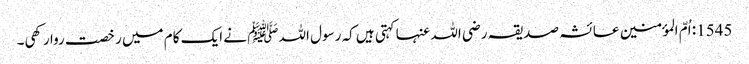
1545: اُمّ المؤمنین عائشہ صدیقہ رضی اللہ عنہا کہتی ہیں کہ رسول اللہﷺ نے ایک کام میں رخصت روا رکھی۔